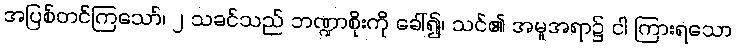
အပြစ်တင်ကြသော်၊ ၂ သခင်သည် ဘဏ္ဍာစိုးကို ခေါ်၍၊ သင်၏ အမူအရာ၌ ငါ ကြားရသော